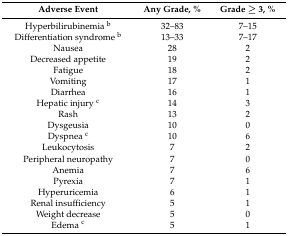
<table><thead><tr><td><b>Adverse Event</b></td><td><b>Any Grade, %</b></td><td><b>Grade ≥ 3, %</b></td></tr></thead><tbody><tr><td>Hyperbilirubinemia <sup>b</sup></td><td>32–83</td><td>7–15</td></tr><tr><td>Differentiation syndrome <sup>b</sup></td><td>13–33</td><td>7–17</td></tr><tr><td>Nausea</td><td>28</td><td>2</td></tr><tr><td>Decreased appetite</td><td>19</td><td>2</td></tr><tr><td>Fatigue</td><td>18</td><td>2</td></tr><tr><td>Vomiting</td><td>17</td><td>1</td></tr><tr><td>Diarrhea</td><td>16</td><td>1</td></tr><tr><td>Hepatic injury <sup>c</sup></td><td>14</td><td>3</td></tr><tr><td>Rash</td><td>13</td><td>2</td></tr><tr><td>Dysgeusia</td><td>10</td><td>0</td></tr><tr><td>Dyspnea <sup>c</sup></td><td>10</td><td>6</td></tr><tr><td>Leukocytosis</td><td>7</td><td>2</td></tr><tr><td>Peripheral neuropathy</td><td>7</td><td>0</td></tr><tr><td>Anemia</td><td>7</td><td>6</td></tr><tr><td>Pyrexia</td><td>7</td><td>1</td></tr><tr><td>Hyperuricemia</td><td>6</td><td>1</td></tr><tr><td>Renal insufficiency</td><td>5</td><td>1</td></tr><tr><td>Weight decrease</td><td>5</td><td>0</td></tr><tr><td>Edema <sup>c</sup></td><td>5</td><td>1</td></tr></tbody></table>